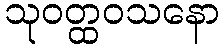
သုဝတ္ထဝသနော